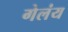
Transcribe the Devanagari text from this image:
गेलंय